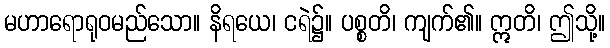
မဟာရောရုဝမည်သော။ နိရယေ၊ ငရဲ၌။ ပစ္စတိ၊ ကျက်၏။ ဣတိ၊ ဤသို့။